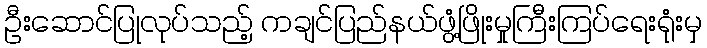
ဦးဆောင်ပြုလုပ်သည့် ကချင်ပြည်နယ်ဖွံ့ဖြိုးမှုကြီးကြပ်ရေးရုံးမှ